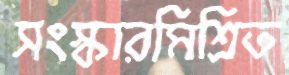
সংস্কারমিশ্রিত